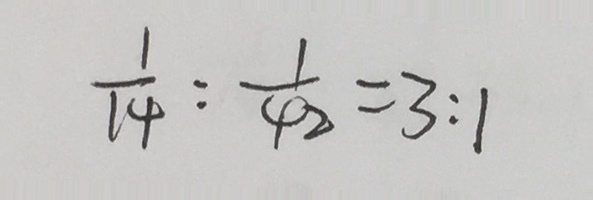
\frac { 1 } { 1 4 } : \frac { 1 } { 4 2 } = 3 : 1